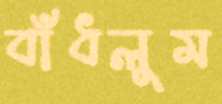
বাঁধলুম